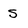
Character: s